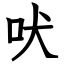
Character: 吠